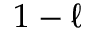
1 - \ell